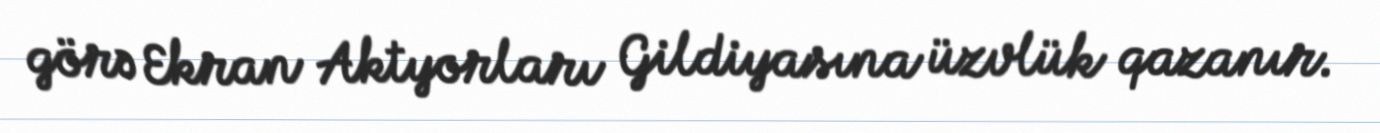
görə Ekran Aktyorları Gildiyasına üzvlük qazanır.